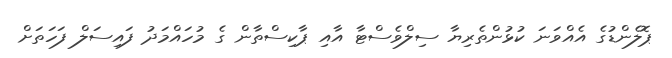
ޕޮލެންޑުގެ އެއްވަނަ ކުޅުންތެރިޔާ ސިލްވެސްޓާ އާއި ޕާކިސްތާން ގެ މުހައްމަދު ފައިސަލް ފަހަތަށް